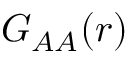
G _ { A A } ( r )